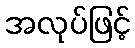
အလုပ်ဖြင့်